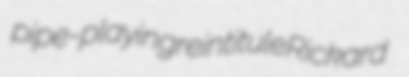
pipe-playing reintitule Rickard